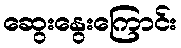
ဆွေးနွေးကြောင်း